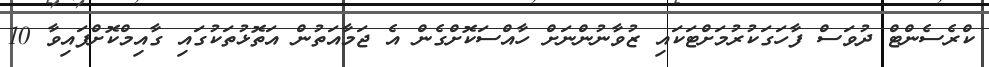
ކްރެސެންޓް ދުވަސް ފާހަގަކުރުމަށްޓަކައި ޒުވާނުންނަށް ހާއްސަކޮށްގެން އެ ޖަމާއަތުން އަތޮޅުތަކުގައި ގާއިމްކޮށްފައިވާ 10